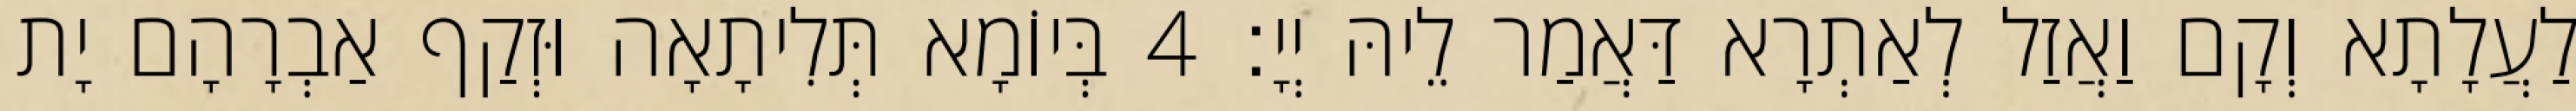
לַעֲלָתָא וְקָם וַאֲזַל לְאַתְרָא דַּאֲמַר לֵיהּ יְיָ׃ 4 בְּיוֹמָא תְּלִיתָאָה וּזְקַף אַבְרָהָם יָת